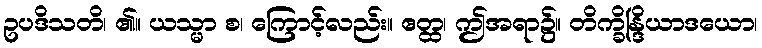
ဥပဒိသတိ၊ ၏။ ယသ္မာ စ၊ ကြောင့်လည်း။ ဧတ္ထ၊ ဤအရာ၌။ တိက္ခိန္ဒြိယာဒယော၊